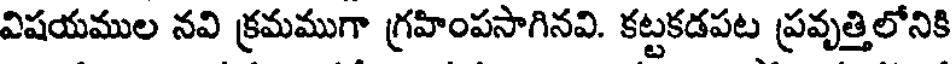
విషయముల నవి క్రమముగా గ్రహింపసాగినవి. కట్టకడపట ప్రవృత్తిలోనికి